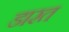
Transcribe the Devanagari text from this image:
डारत